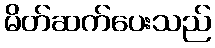
မိတ်ဆက်ပေးသည်